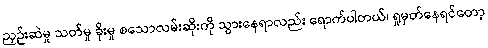
ညှဉ်းဆဲမှု သတ်မှု ခိုးမှု စသောလမ်းဆိုးကို သွားနေရာလည်း ရောက်ပါတယ်၊ ရှုမှတ်နေရင်တော့